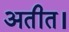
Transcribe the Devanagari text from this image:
अतीत।